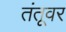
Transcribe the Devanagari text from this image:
तंतूवर